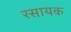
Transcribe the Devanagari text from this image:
रसायक